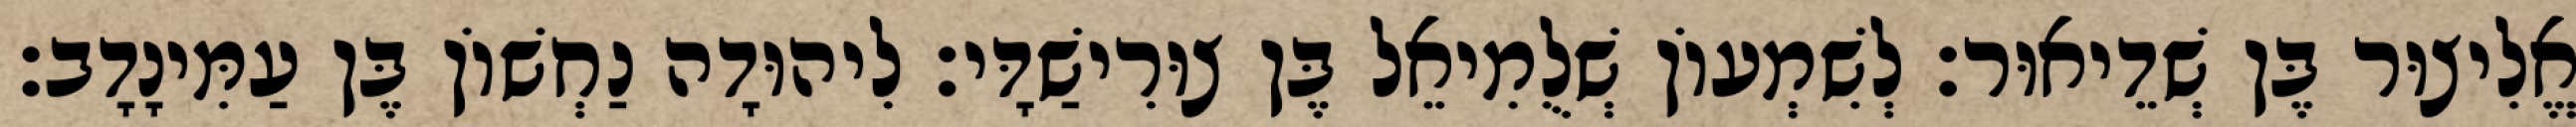
אֱלִיצוּר בֶּן שְׁדֵיאוּר׃ לְשִׁמְעוֹן שְׁלֻמִיאֵל בֶּן צוּרִישַׁדָּי׃ לִיהוּדָה נַחְשׁוֹן בֶּן עַמִּינָדָב׃